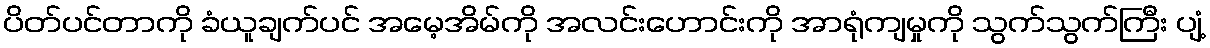
ပိတ်ပင်တာကို ခံယူချက်ပင် အမေ့အိမ်ကို အလင်းဟောင်းကို အာရုံကျမှုကို သွက်သွက်ကြီး ပျံ့